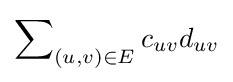
\sum \nolimits _{(u,v)\in E}c_{uv}d_{uv}